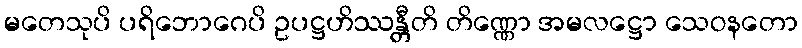
မတေသုပိ ပရိဘောဂေပိ ဥပဋ္ဌဟိဿန္တီတိ တိဏ္ဏော အမလဋ္ဌော သေဝနတော